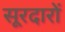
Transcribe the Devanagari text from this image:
सूरदारों